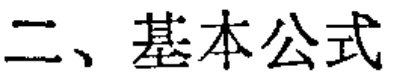
二、基本公式